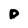
Character: D